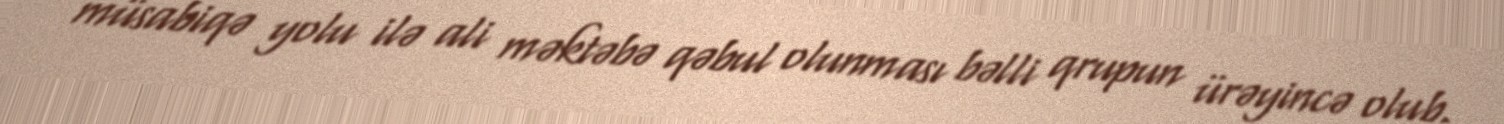
müsabiqə yolu ilə ali məktəbə qəbul olunması bəlli qrupun ürəyincə olub.